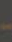
-